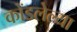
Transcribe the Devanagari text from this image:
कोंडलेल्या